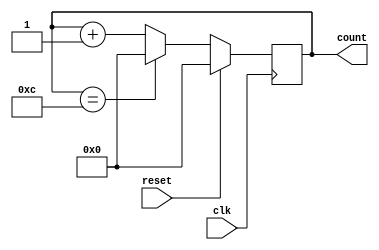
module mod12_counter(
	input clk,reset,
	output reg [3:0]count
	);

	always@(posedge clk)
	if(reset)
		count<=4'b0000;

	else if(count==4'b1100)
		count<=4'b0000;

	else
		count<=count+1;
endmodule